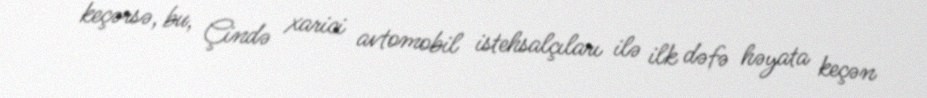
keçərsə, bu, Çində xarici avtomobil istehsalçıları ilə ilk dəfə həyata keçən